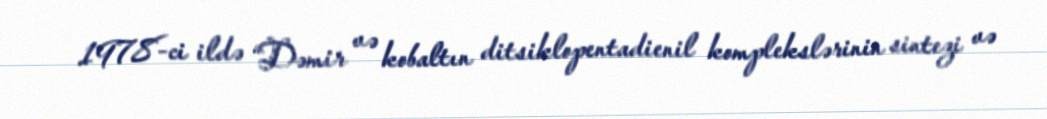
1978-ci ildə “Dəmir və kobaltın ditsiklopentadienil komplekslərinin sintezi və